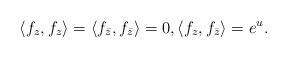
LaTeX: \begin{align*}\langle f_{z}, f_ z \rangle=\langle f_{\bar z}, f_{\bar z}\rangle =0,\langle f_z, f_{\bar z}\rangle=e^u.\end{align*}